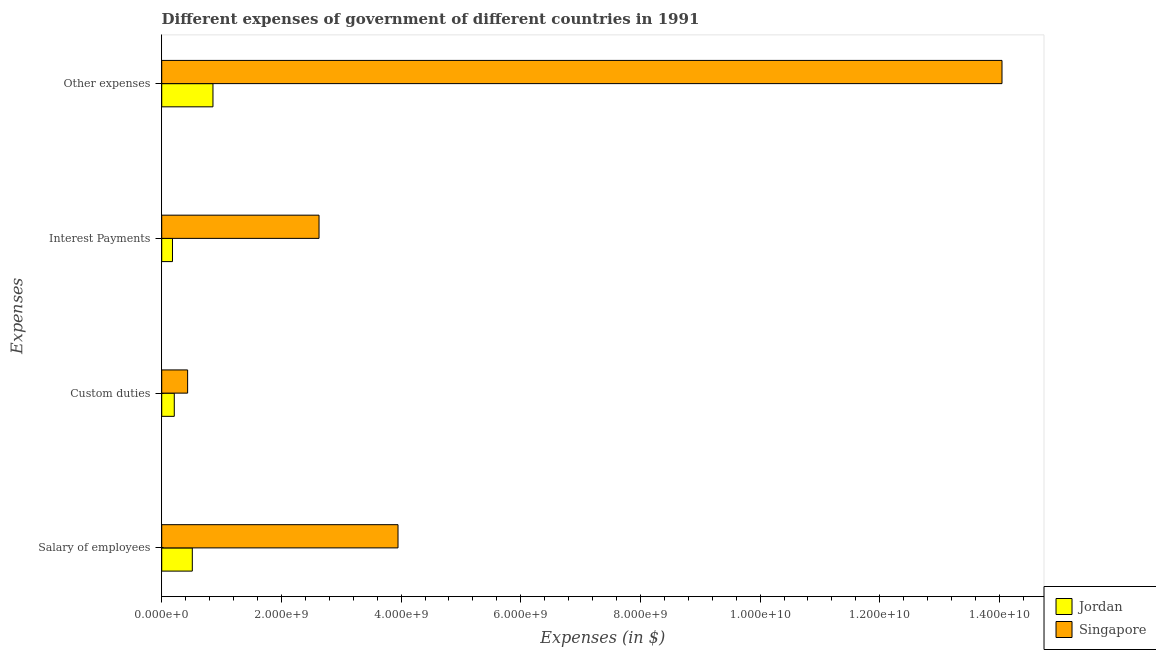
| Expenses | Jordan | Singapore |
 | --- | --- | --- |
 | Salary of employees | 5.11e+08 | 3.95e+09 |
 | Custom duties | 2.1e+08 | 4.33e+08 |
 | Interest Payments | 1.8e+08 | 2.63e+09 |
 | Other expenses | 8.57e+08 | 1.4e+10 |